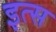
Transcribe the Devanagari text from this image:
इत्स